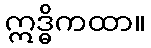
ဣဒ္ဓိကထာ။